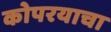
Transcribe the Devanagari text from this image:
कोपरयाचा